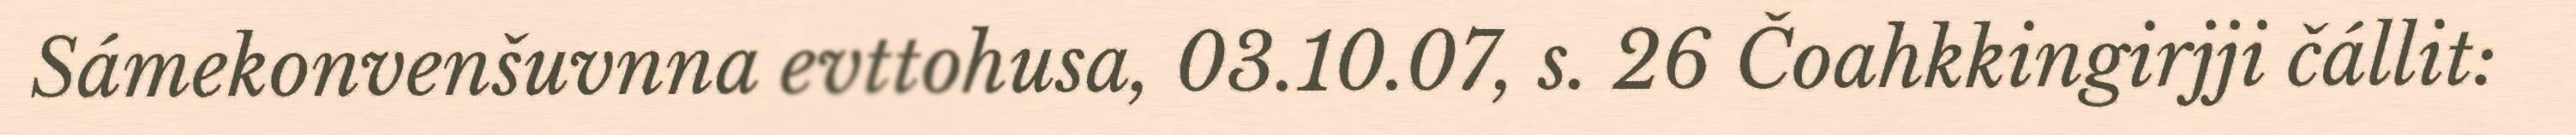
Sámekonvenšuvnna evttohusa, 03.10.07, s. 26 Čoahkkingirjji čállit: